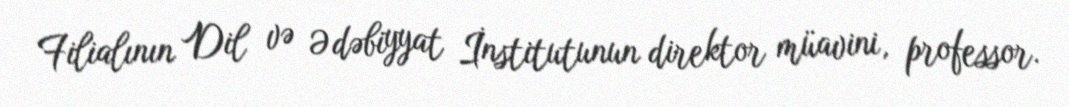
Filialının Dil və Ədəbiyyat İnstitutunun direktor müavini, professor.